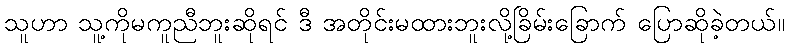
သူဟာ သူ့ကိုမကူညီဘူးဆိုရင် ဒီ အတိုင်းမထားဘူးလို့ခြိမ်းခြောက် ပြောဆိုခဲ့တယ်။